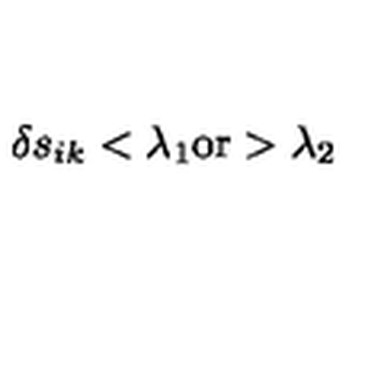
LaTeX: \delta s _ { i k } < \lambda _ { 1 } \mathrm { o r } > \lambda _ { 2 }